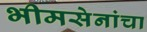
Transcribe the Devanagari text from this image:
भीमसेनांचा